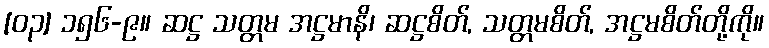
[၀၃] ၁၅၆-၉။ ဆဋ္ဌ သတ္တမ အဋ္ဌမာနိ၊ ဆဋ္ဌစိတ်, သတ္တမစိတ်, အဋ္ဌမစိတ်တို့ကို။